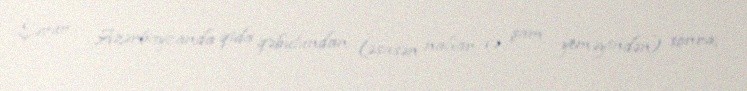
Şərur - Azərbaycanda qida qəbulundan (əsasən nahar və şam yeməyindən) sonra,